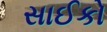
સાઈકો